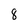
Character: 8